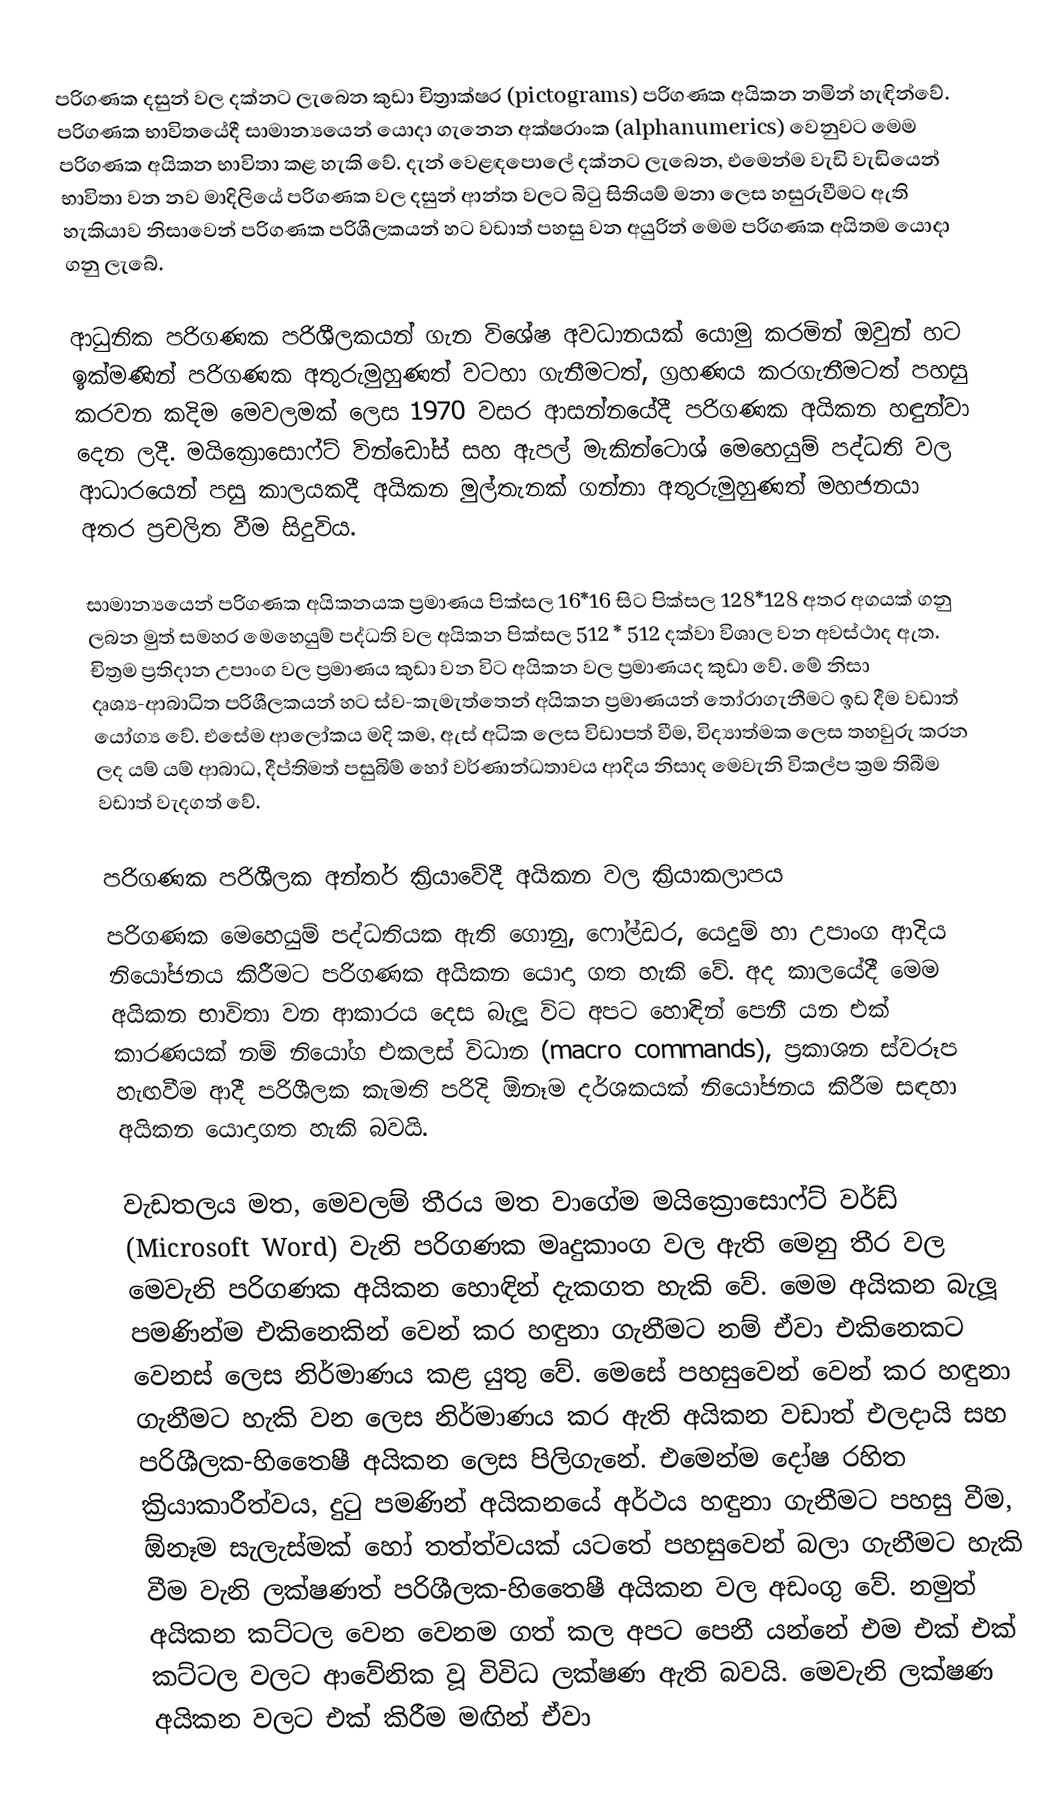
පරිගණක දසුන් වල දක්නට ලැබෙන කුඩා චිත්‍රාක්ෂර (pictograms) පරිගණක අයිකන නමින් හැඳින්වේ. පරිගණක භාවිතයේදී සාමාන්‍යයෙන් යොදා ගැනෙන අක්ෂරාංක (alphanumerics) වෙනුවට මෙම පරිගණක අයිකන භාවිතා කළ හැකි වේ. දැන් වෙළඳපොලේ දක්නට ලැබෙන, එමෙන්ම වැඩි වැඩියෙන් භාවිතා වන නව මාදිලියේ පරිගණක වල දසුන් ආන්ත වලට බිටු සිතියම් මනා ලෙස හසුරුවීමට ඇති හැකියාව නිසාවෙන් පරිගණක පරිශීලකයන් හට වඩාත් පහසු වන අයුරින් මෙම පරිගණක අයිතම යොදා ගනු ලැබේ.

ආධුනික පරිගණක පරිශීලකයන් ගැන විශේෂ අවධානයක් යොමු කරමින් ඔවුන් හට ඉක්මණින් පරිගණක අතුරුමුහුණත් වටහා ගැනීමටත්, ග්‍රහණය කරගැනීමටත් පහසු කරවන කදිම මෙවලමක් ලෙස 1970 වසර ආසන්නයේදී පරිගණක අයිකන හඳුන්වා දෙන ලදී. මයික්‍රොසොෆ්ට් වින්ඩෝස් සහ ඇපල් මැකින්ටොශ් මෙහෙයුම් පද්ධති වල ආධාරයෙන් පසු කාලයකදී අයිකන මුල්තැනක් ගන්නා අතුරුමුහුණත් මහජනයා අතර ප්‍රචලිත වීම සිදුවිය.

සාමාන්‍යයෙන්  පරිගණක අයිකනයක ප්‍රමාණය පික්සල 16*16 සිට පික්සල 128*128 අතර අගයක් ගනු ලබන මුත් සමහර මෙහෙයුම් පද්ධති වල අයිකන පික්සල 512 * 512 දක්වා විශාල වන අවස්ථාද ඇත. චිත්‍රම ප්‍රතිදාන උපාංග වල ප්‍රමාණය කුඩා වන විට අයිකන වල ප්‍රමාණයද කුඩා වේ. මේ නිසා දෘශ්‍ය-ආබාධිත පරිශීලකයන් හට ස්ව-කැමැත්තෙන් අයිකන ප්‍රමාණයන් තෝරාගැනීමට ඉඩ දීම වඩාත් යෝග්‍ය වේ. එසේම ආලෝකය මදි කම, ඇස් අධික ලෙස විඩාපත් වීම, විද්‍යාත්මක ලෙස තහවුරු කරන ලද යම් යම් ආබාධ, දීප්තිමත් පසුබිම් හෝ වර්ණාන්ධතාවය ආදිය නිසාද මෙවැනි විකල්ප ක්‍රම තිබීම වඩාත් වැදගත් වේ.

පරිගණක පරිශීලක අන්තර් ක්‍රියාවේදී අයිකන වල ක්‍රියාකලාපය
පරිගණක මෙහෙයුම් පද්ධතියක ඇති ගොනු, ෆෝල්ඩර, යෙදුම් හා උපාංග ආදිය නියෝජනය කිරීමට පරිගණක අයිකන යොදා ගත හැකි වේ. අද කාලයේදී මෙම අයිකන භාවිතා වන ආකාරය දෙස බැලූ විට අපට හොඳින් පෙනී යන එක් කාරණයක් නම් නියෝග එකලස් විධාන (macro commands), ප්‍රකාශන ස්වරූප හැඟවීම ආදී පරිශීලක කැමති පරිදි ඕනෑම දර්ශකයක් නියෝජනය කිරීම සඳහා අයිකන යොදාගත හැකි බවයි.

වැඩතලය මත, මෙවලම් තීරය මත  වාගේම මයික්‍රොසොෆ්ට් වර්ඩ් (Microsoft Word) වැනි පරිගණක මෘදුකාංග වල ඇති මෙනු තීර වල මෙවැනි පරිගණක අයිකන හොඳින් දැකගත හැකි වේ. මෙම අයිකන බැලූ පමණින්ම එකිනෙකින් වෙන් කර හඳුනා ගැනීමට නම් ඒවා එකිනෙකට වෙනස් ලෙස නිර්මාණය කළ යුතු වේ. මෙසේ පහසුවෙන් වෙන් කර හඳුනා ගැනීමට හැකි වන ලෙස නිර්මාණය කර ඇති අයිකන වඩාත් එලදායි සහ පරිශීලක-හිතෛෂී අයිකන ලෙස පිලිගැනේ. එමෙන්ම දෝෂ රහිත ක්‍රියාකාරීත්වය, දුටු පමණින් අයිකනයේ අර්ථය හඳුනා ගැනීමට පහසු වීම, ඕනෑම සැලැස්මක් හෝ තත්ත්වයක් යටතේ පහසුවෙන් බලා ගැනීමට හැකි වීම වැනි ලක්ෂණත් පරිශීලක-හිතෛෂී අයිකන වල අඩංගු වේ. නමුත් අයිකන කට්ටල වෙන වෙනම ගත් කල අපට පෙනී යන්නේ එම එක් එක් කට්ටල වලට ආවේනික වූ විවිධ ලක්ෂණ ඇති බවයි. මෙවැනි ලක්ෂණ අයිකන වලට එක් කිරීම මඟින් ඒවා